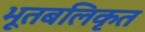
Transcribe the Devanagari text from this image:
भूतबलिकृत